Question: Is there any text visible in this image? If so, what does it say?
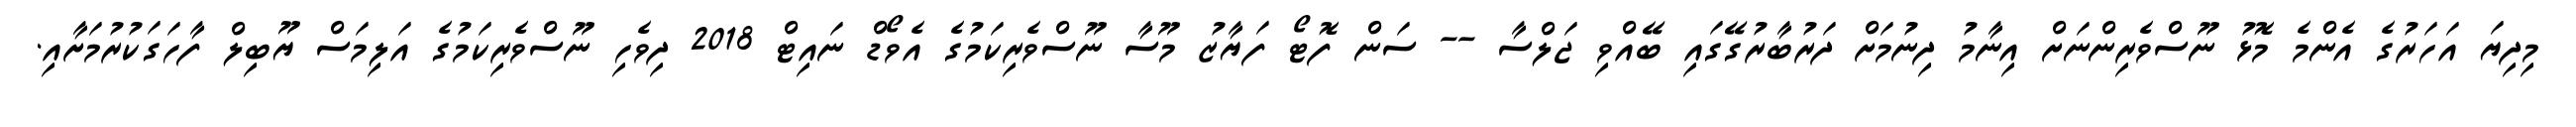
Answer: މިދިޔަ އަހަރުގެ އެންމެ މޮޅު ނޫސްވެރިންނަށް އިނާމު ދިނުމަށް ދަރުބާރުގޭގައި ބޭއްވި ޖަލްސާ -- ސަން ފޮޓޯ ފަޔާޒު މޫސާ ނޫސްވެރިކަމުގެ އެވޯޑް ނައިޓް 2018 ދިވެހި ނޫސްވެރިކަމުގެ އަލިމަސް ޔޫބިލް ފާހަގަކުރުމަށާއި.